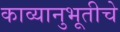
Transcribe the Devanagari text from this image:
काव्यानुभूतीचे